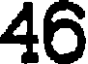
46